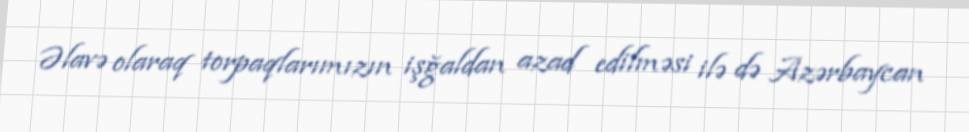
Əlavə olaraq torpaqlarımızın işğaldan azad edilməsi ilə də Azərbaycan